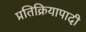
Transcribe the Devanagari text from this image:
प्रतिक्रियापादी